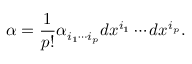
\alpha = { \frac { 1 } { p ! } } \alpha _ { i _ { 1 } \cdots i _ { p } } d x ^ { i _ { 1 } } \cdots d x ^ { i _ { p } } .